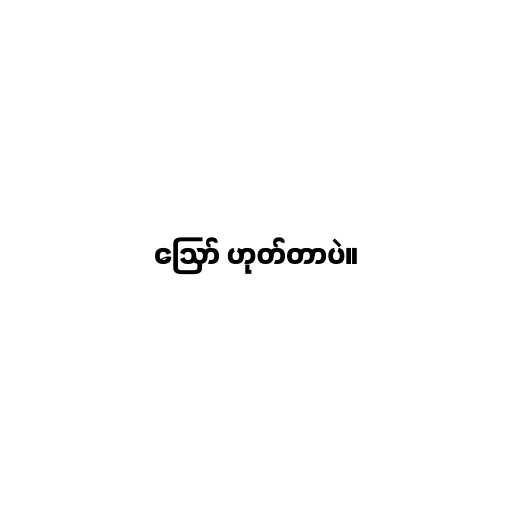
ဪ ဟုတ်တာပဲ။